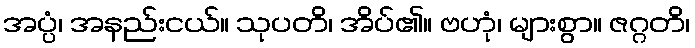
အပ္ပံ၊ အနည်းငယ်။ သုပတိ၊ အိပ်၏။ ဗဟုံ၊ များစွာ။ ဇဂ္ဂတိ၊